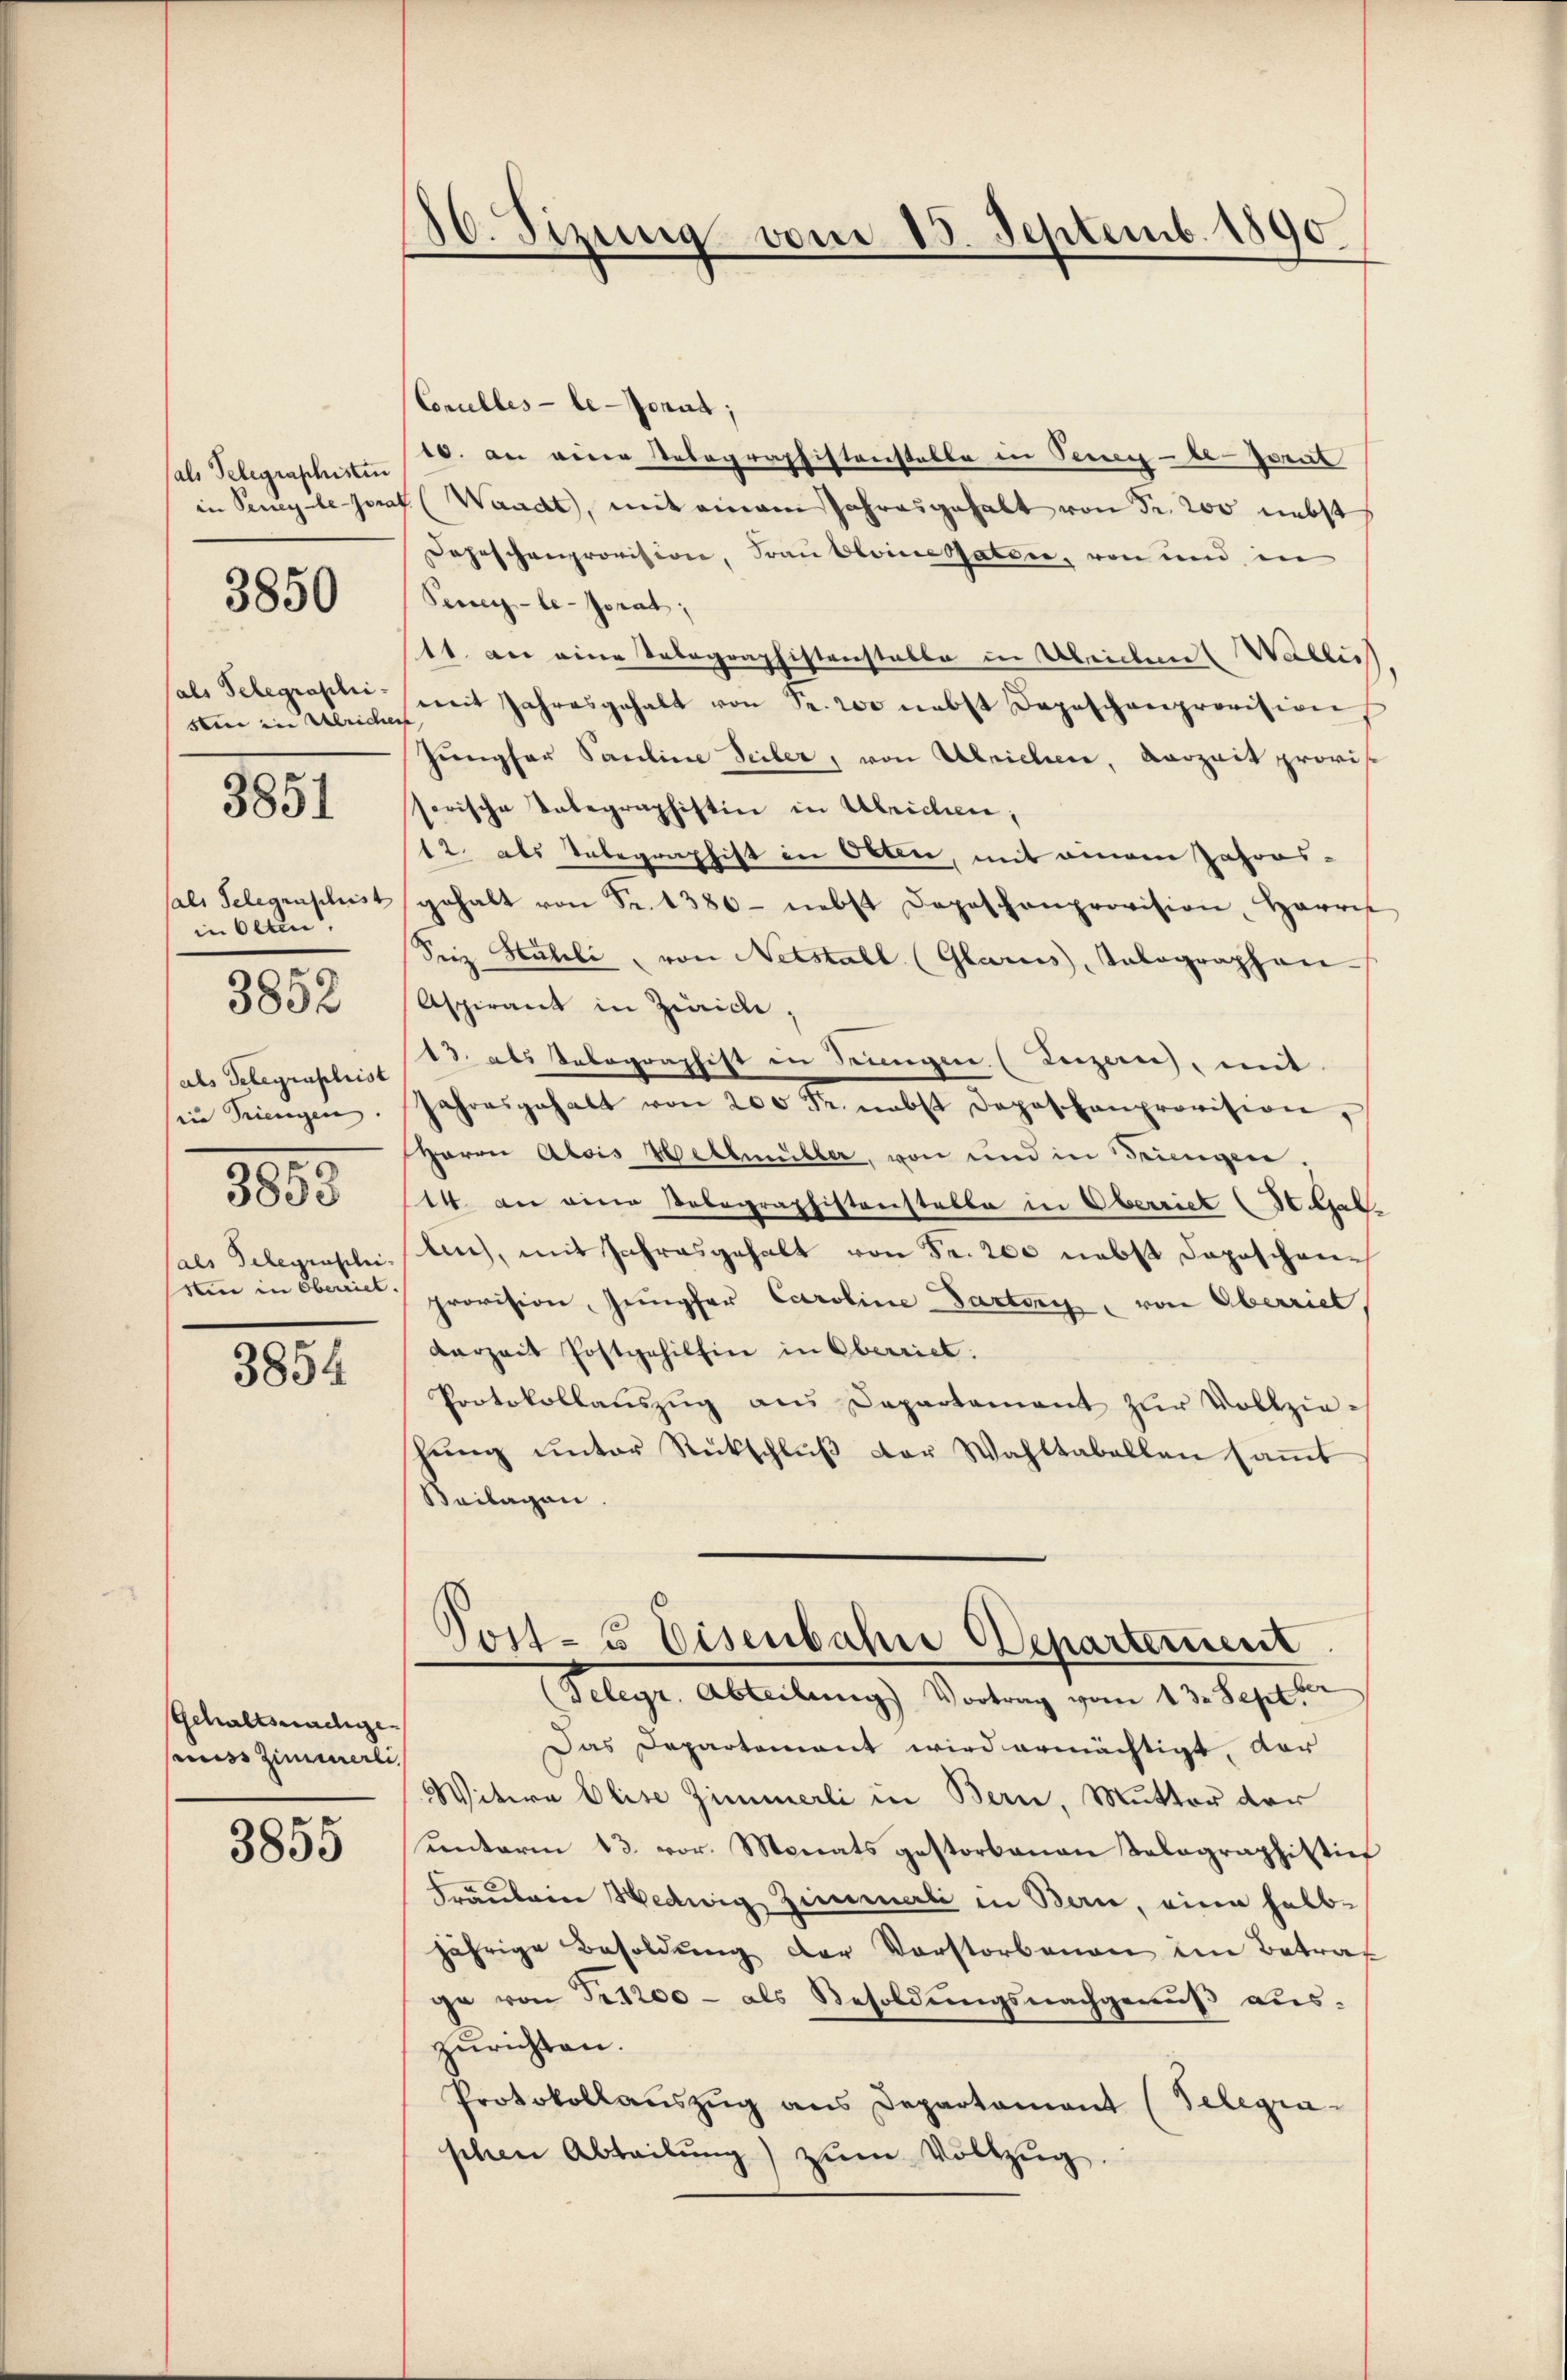
(als Telegraphisten
in Seney-le-Jorat

3850

als Telegraphi-
sben ein Ulriche |

3851

als Gelegenschrist
in Olten.
als Gelegenschrist
ein Triengen
3858
als Telegraschei-
sin in Oberriet.

3852

3854

Gehaltsnachge-
muss Zimmerli

3855

86. Sizung vom 15. Septemb. 1890

Conulles - le Jonas,
10. an einer Tobographistenstalte in Tenen - be-Jorub
Waadt, mit einem Jahresgehalt von Fr. 20 nebst
Dahaschenprovision, Frau Oloinessaten, von und in
Peuer-le-Jorat;
11. Der eine Delegraphistenstalle in Abenden (Wallis
mit Jahresgehalt von Fr. 200 nebst Depeschenprovision
hŭngsar Pauline Seiler, von Ulrichen, Vorzeit provi
sorische Telegraphistin in Ulricien;
12. als Unbegraphist in Otten, mit einem Jahres-
gehalt von Fr. 1380- nebst Depeschenprovision, Harris
Seiz Habili, von Nebstall (Glarus, Tolographen-
Aspirant in Zürich,
13. als Telegraphist in Sungen (Luzern), mit
Jahresgehalt von 200 Fr. nebst Depeschanprovision,
Herrn Alois Wellmüller, von und in Tringen.
14. die einer Belegraphistenstalla in Oberriet (St. Gal
lich, mit Jahresgehalt von Fr. 200 nebst Depeschenprovision, Jungfer Caroline-Tartory von Oberriet,
darzeit Postgehilfen in Oberriet.
Protokollaŭszŭg ans Departament zŭr Vollzie-
hŭng ŭnter Rückschlŭβ der Wahltabellen saṁt
Beilagen
Torte Eisenbahre Departement
Telegr. Abteilung Vortrag vom 13. Sept.
Das Departement wird ermächtigt, dar
Witwe Elise Zimmerli in Bern, Mutter der
unterm 13. vor. Monats gestorbenen Telegraphistin
Fräulein Hedwig Zimmerli in Bern, eine halbjährige Besoldŭng der Vorstorbenen im Betraf
ge von S. 1200 - als Besoldungsnachgenuß auszurichten.
Protokollaŭszŭg ans Departament (Telegraschen Abteilŭng zŭm Vollzŭg.